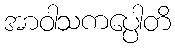
အာဝါသကပ္ပေါတိ